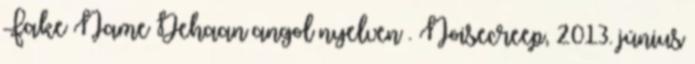
Fake Name Dehaan angol nyelven . Noisecreep, 2013. június